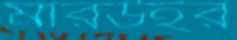
মারউইর